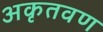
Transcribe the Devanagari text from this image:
अकृतवण